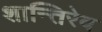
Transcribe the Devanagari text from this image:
शान्तिरेव